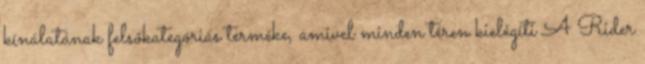
kínálatának felsőkategóriás terméke, amivel minden téren kielégíti A Rider